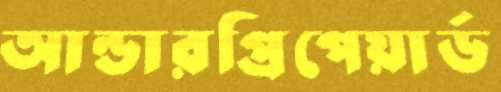
আন্ডারপ্রিপেয়ার্ড